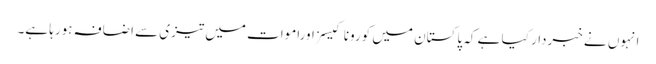
انہوں نے خبردار کیا ہے کہ پاکستان میں کورونا کیسزاوراموات میں تیزی سے اضافہ ہورہا ہے۔